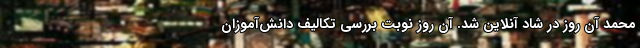
محمد آن روز در شاد آنلاین شد. آن روز نوبت بررسی تکالیف دانش‌آموزان